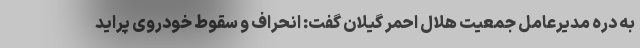
به دره مدیرعامل جمعیت هلال احمر گیلان گفت: انحراف و سقوط خودروی پراید